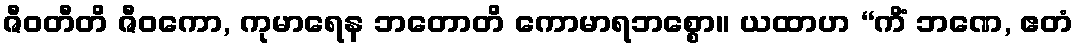
ဇီဝတီတိ ဇီဝကော, ကုမာရေန ဘတောတိ ကောမာရဘစ္စော။ ယထာဟ “ကိံ ဘဏေ, ဧတံ